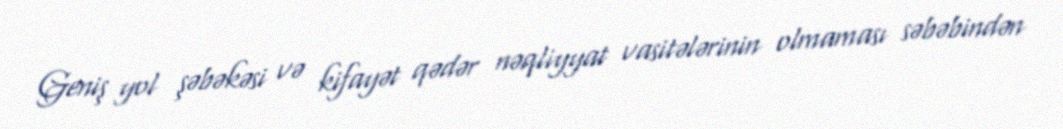
Geniş yol şəbəkəsi və kifayət qədər nəqliyyat vasitələrinin olmaması səbəbindən